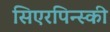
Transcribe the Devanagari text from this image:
सिएरपिन्स्की